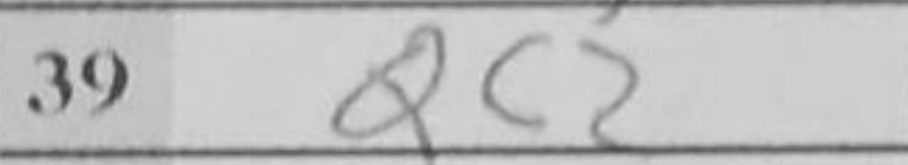
Transcription: Qc2